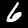
Digit: 6